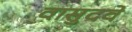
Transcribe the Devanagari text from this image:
वासुदवे